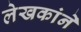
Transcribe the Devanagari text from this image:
लेखकांने